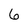
Character: 6